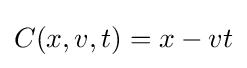
C(x,v,t)=x-vt